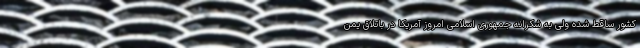
کشور ساقط شده ولی به شکرانه جمهوری اسلامی امروز آمریکا در باتلاق یمن